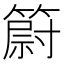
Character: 𥳀